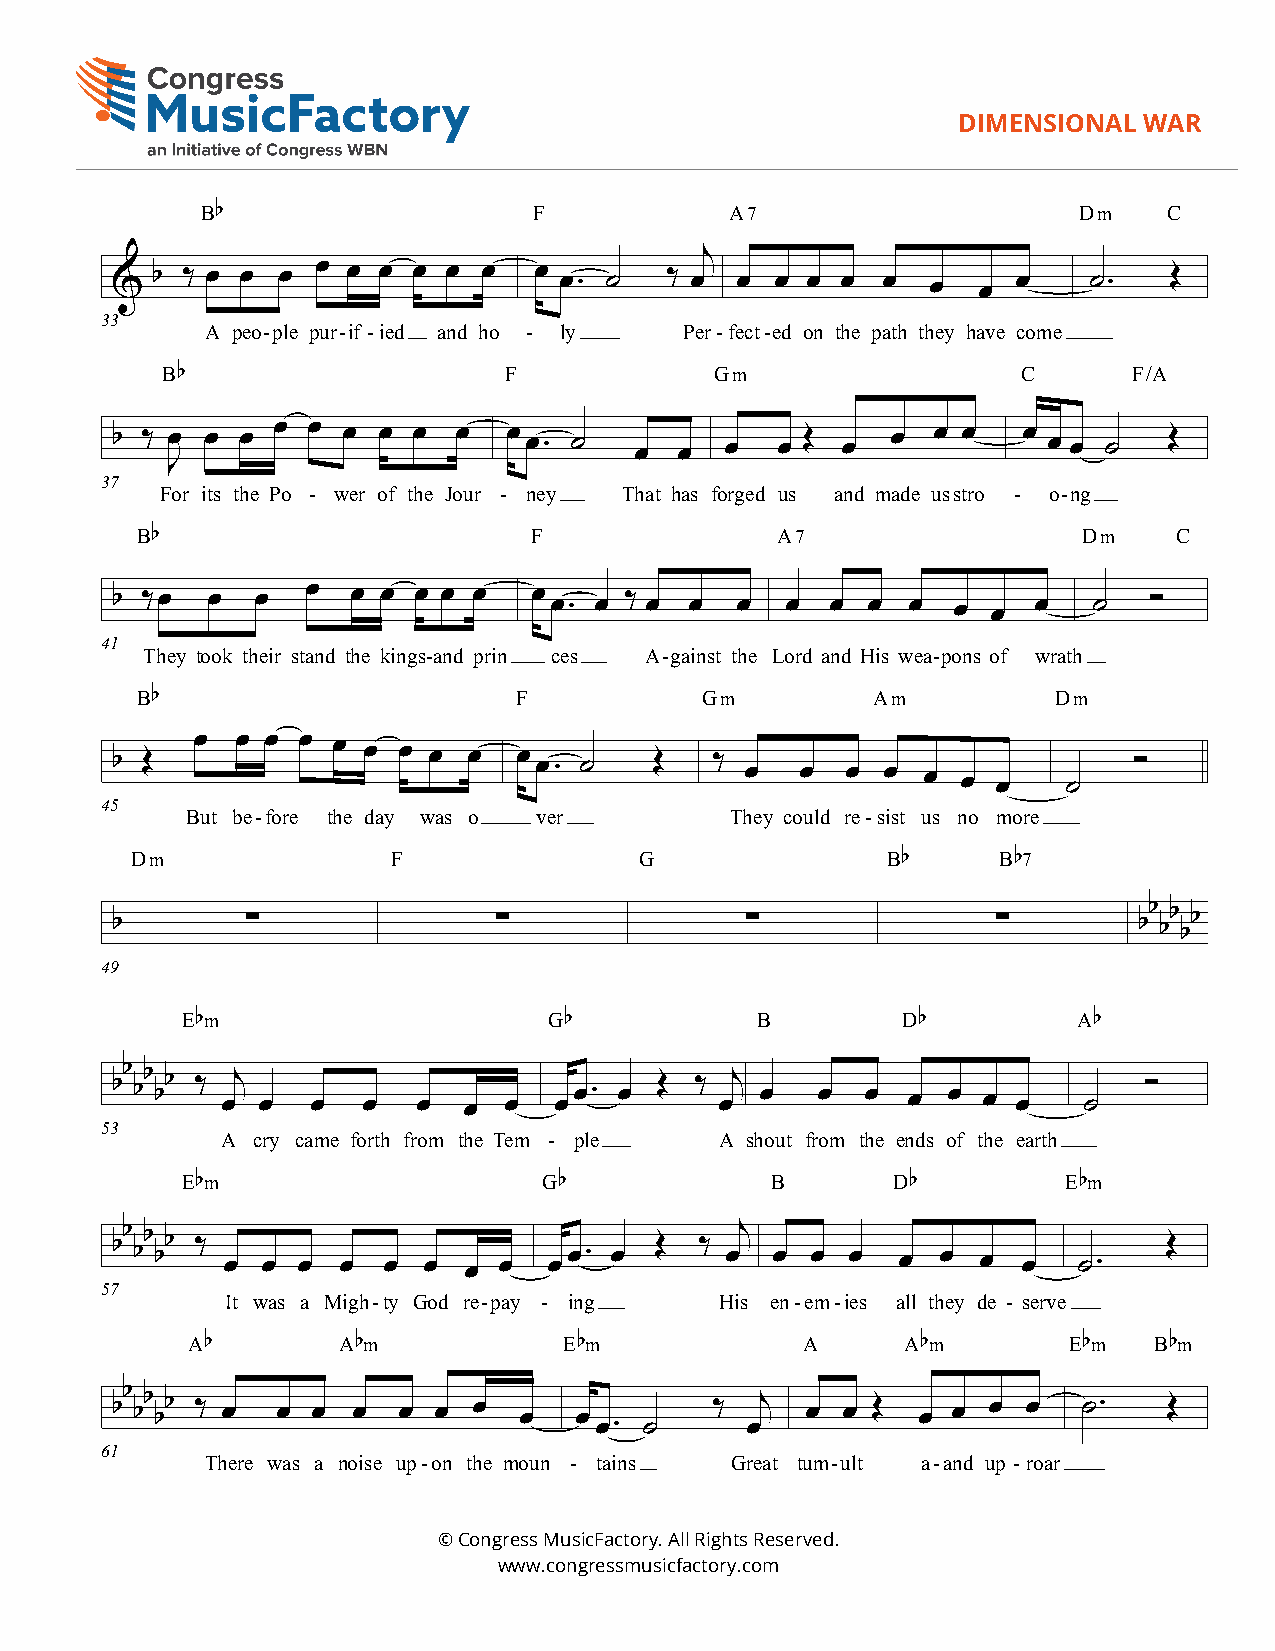
DIMENSIONAL  WAR
 2
 B
 b
 F            A7                     Dm    C
 j
 &  b ‰ œ œ œ  œ œ œ œ  œ œ  œ œ. ˙   ‰ œ  œ œ œ  œ œ   œ  œ œ    ˙.   Œ
 33
 A peo-ple pur-if -ied and ho - ly Per-fect-ed on the path they have come
 B
 b
 F             Gm                   C      F/A
 b ‰ œ  œ œ œ œ  œ œ œ  œ   œ œ. ˙  œ  œ  œ  œ Œ  œ  œ  œ œ   œ œ œ ˙  Œ
 J
 37
 For its the Po - wer of the Jour - ney That has forged us and made usstro - o-ng
 B
 b
 F               A7                   Dm    C
 b ‰œ   œ  œ  œ  œ œ œ œ œ   œ œ. œ ‰ œ œ  œ  œ  œ œ  œ  œ  œ  œ  ˙   Ó
 41
 They took their stand the kings-and prin ces A-gainst the Lord and His wea-pons of wrath
 B
 b
 F           Gm          Am          Dm
 b Œ   œ  œ œ œ œ œ œ œ  œ  œ œ. ˙   Œ   ‰ œ   œ  œ  œ œ  œ œ    ˙   Ó
 45
 But be-fore the day was o ver       They could re-sist us no more
 Dm               F               G                B b    B b7
 b        ∑                ∑               ∑                ∑        bb bb bb
 49
 E bm                    G b           B         D b        A b
 bb bb bb ‰ œj œ œ œ  œ  œ œ   œœ. œ Œ  ‰ œj œ  œ  œ  œ  œ œ œ    ˙   Ó
 53
 A cry came forth from the Tem - ple A shout from the ends of the earth
 E bm                    G b            B       D b         E bm
 bb bb bb ‰ œ œ œ œ œ œ  œ œ  œœ. œ  Œ  ‰ œj œ  œ œ   œ œ  œ  œ  ˙.    Œ
 57
 It was a Migh-ty God re-pay - ing His en-em-ies all they de - serve
 A b       A bm           E bm            A      A bm       E bm B bm
 bb bb bb ‰ œ œ œ œ œ  œ œ  œ   œ œ. ˙   ‰ œj  œ  œ Œ  œ œ œ  œ   ˙.   Œ
 61
 There was a noise up-on the moun - tains Great tum-ult a-and up - roar
 © Congress MusicFactory. All Rights Reserved.
 www.congressmusicfactory.com